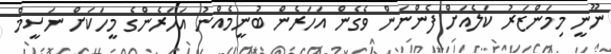
ނޫނީ މިމަންޒަރު ކަލެއަށް ފެންނަން ވެގެން އަހަރެން ބުނީމެއްނު އަހަރެންގެ މީހަކަށް ނަސީމް